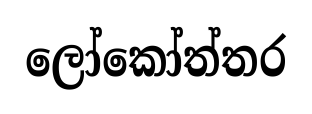
ලෝකෝත්තර